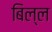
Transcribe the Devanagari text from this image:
बिल्ल